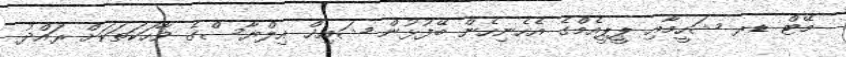
މޭޓް ޑރ ޝަހީމާއި ޕީޕީއެމްގެ އެހެނިހެން ބޭފުޅުން ޝައިޚް އިލްޔާސްގެ ވާހަކަތަކަށް ރައްދު